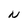
Character: N